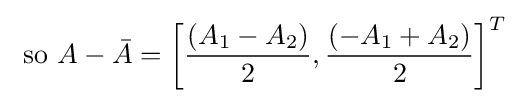
{\text{ so }}A-{\bar {A}}=\left[{\frac {(A_{1}-A_{2})}{2}},{\frac {(-A_{1}+A_{2})}{2}}\right]^{T}